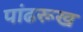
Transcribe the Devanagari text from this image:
पांढरूख